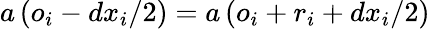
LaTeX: a\left(o_{i}-dx_{i}/2\right)=a\left(o_{i}+r_{i}+dx_{i}/2\right)